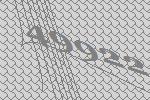
49922